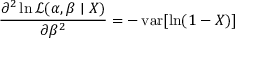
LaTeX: { \frac { \partial ^ { 2 } \ln { \mathcal { L } } ( \alpha , \beta \mid X ) } { \partial \beta ^ { 2 } } } = - \operatorname { v a r } [ \ln ( 1 - X ) ]